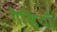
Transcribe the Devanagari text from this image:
गेष्ठियाँ